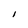
Character: I